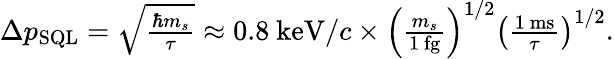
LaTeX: \begin{array}{r}{\Delta p_{\mathrm{SQL}}=\sqrt{\frac{\hbar m_{s}}{\tau}}\approx 0.8~\mathrm{keV}/c\times\left(\frac{m_{s}}{1~\mathrm{fg}}\right)^{1/2}\left(\frac{1~\mathrm{ms}}{\tau}\right)^{1/2}.}\end{array}